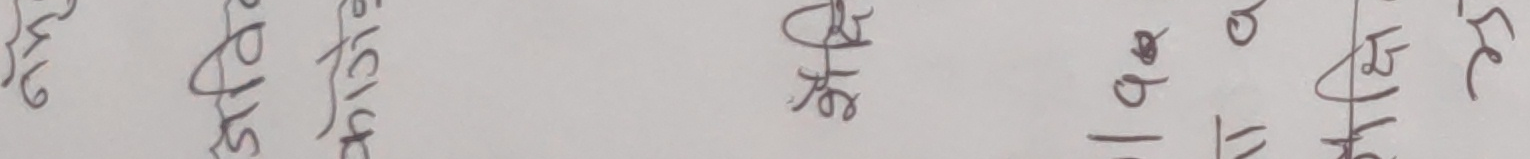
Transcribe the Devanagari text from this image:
६२।१७३।६
फेरि
हो।
फेरि
फेरि